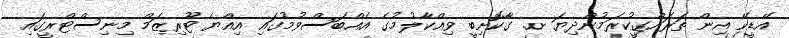
އޭޑީކޭ އިން ތަރައްގީކުރަމުންދިޔަ ށ. ގާކޮށިބީ ވިއްކާލުމުގެ އެއްބަސްވުމުގައި އިއްޔެ ޓޫރިޒަމް މިނިސްޓްރީގައި